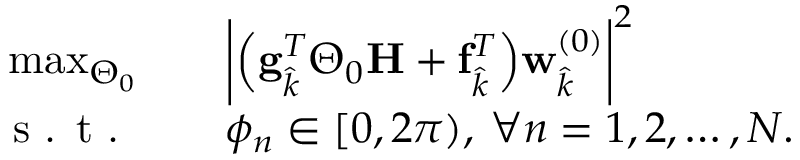
\begin{array} { r l } { \operatorname* { m a x } _ { \boldsymbol { \Theta } _ { 0 } } \quad } & { \biggl | \Bigl ( \mathbf { g } _ { \hat { k } } ^ { T } \boldsymbol { \Theta } _ { 0 } \mathbf { H } + \mathbf { f } _ { \hat { k } } ^ { T } \Bigr ) \mathbf { w } _ { \hat { k } } ^ { ( 0 ) } \biggr | ^ { 2 } } \\ { \textrm { s . t . } \quad } & { \phi _ { n } \in [ 0 , 2 \pi ) , \: \forall n = 1 , 2 , \ldots , N . } \end{array}